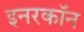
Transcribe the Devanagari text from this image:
इनरकॉन